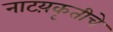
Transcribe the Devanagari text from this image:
नाटय़कृतीचे